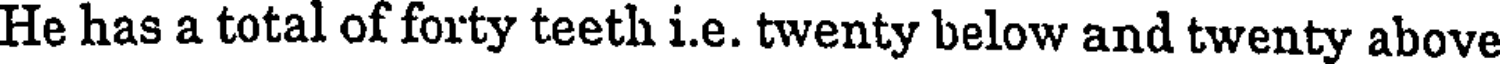
He has a total of forty teeth i.e. twenty below and twenty above